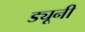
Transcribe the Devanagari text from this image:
ड्यूनी